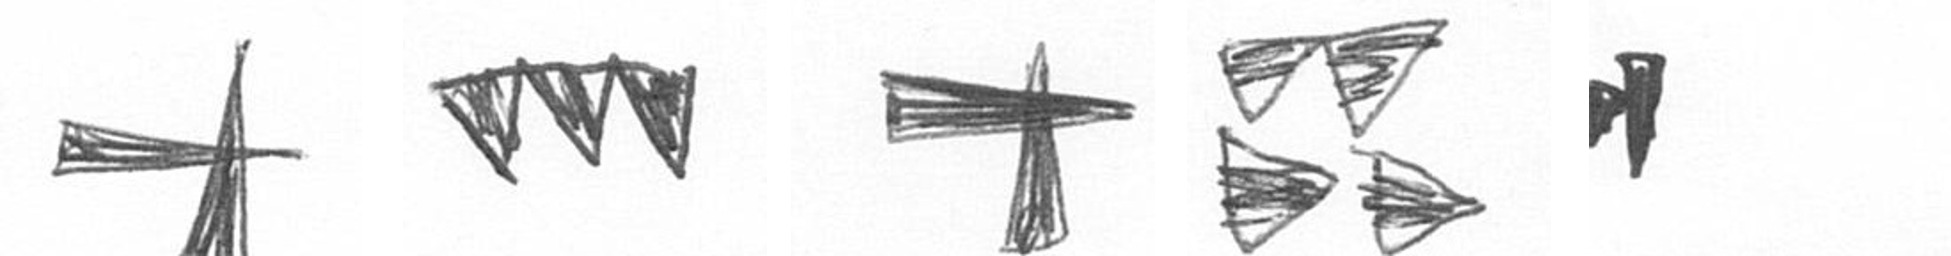
G L G B M